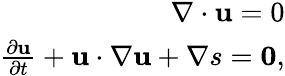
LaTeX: \begin{array}{r}{\nabla\cdot\mathbf{u}=0}\\ {{\frac{\partial\mathbf{u}}{\partial t}}+\mathbf{u}\cdot\nabla\mathbf{u}+\nabla s=\mathbf{0},}\end{array}